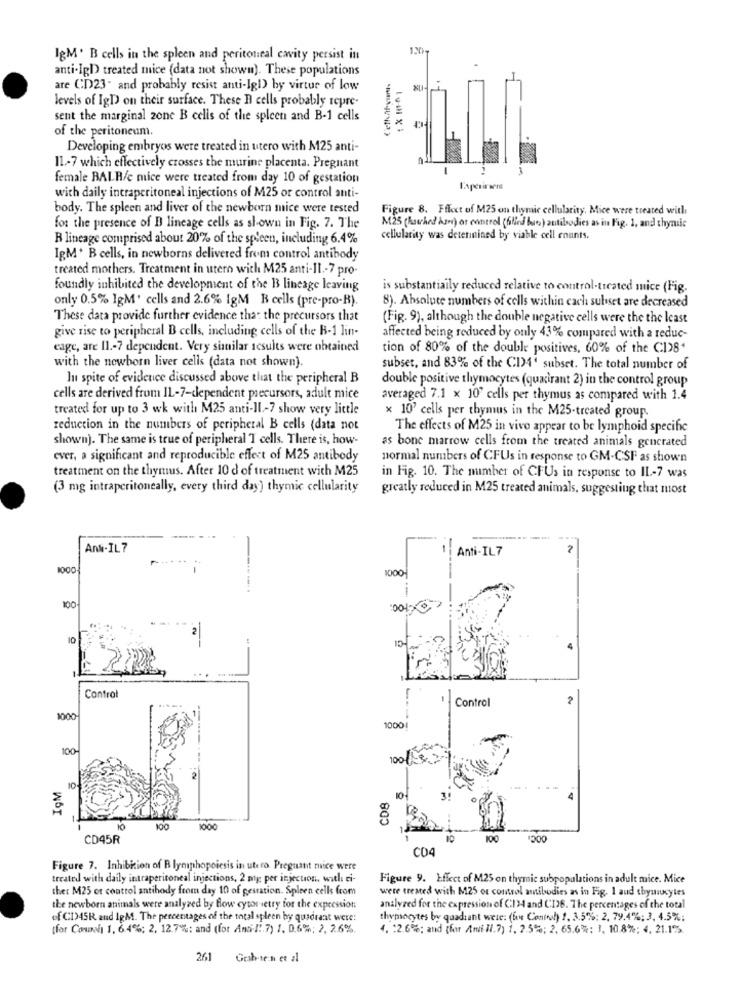
IgM. B cells in the spleen and peritoneal cavity persist in
anti-IgD) treated mice (data not shown). These populations
are CD23- and probably resist anti-Igl) by virtue of low
XL
levels of IgD on their surface. These B cells probably repre-
sent the marginal zone B cells of the spleen and B-1 cells
of the peritoneum.
Developing embryos were treated in utero with M25 anti-
11-7 which effectively crosses the murine placenta. Pregnant
female BALR/c mice were treated from day 10 of gestation
with daily intraperitoneal injections of M25 or control anti-
body. The spleen and liver of the newborn mice were tested
Figure 8. Fffcct of M25 on thymic cellularity, Mice were treated with
for the presence of D lineage cells as shown in Fig. 7. The
M25 (hawked Asn) or control (blind bus) antibodies as in Fig. 1, and thymic
R lineage comprised about 20% of the spleen, including 6.4%
cellularity was determined by viable cell counts.
IgM. B cells, in newborns delivered from control antibody
treated mothers. Treatment in utero with M25 anti-11 .- 7 pro-
foundly inhibited the development of the B lineage leaving
is substantially reduced relative to control-treated mice (Fig.
only 0.5% IgM' cells and 2.6% IgM B cells (pre-pro-R).
8). Absolute numbers of cells within cach subset are decreased
These data provide further evidence that the precursors that
(Fig. 9), although the double negative cells were the the least
give rise to peripheral B cells, including cells of the B-1 lin-
affected being reduced by only 43% compared with a reduc-
cage, are 11 .- 7 dependent. Very similar results were obtained
tion of 80% of the double positives, 60% of the C1)84
with the newborn liver cells (data not shown).
subset, and 83% of the CI)4' subset. The total number of
In spite of evidence discussed above that the peripheral B
double positive thymocytes (quatirant 2) in the control group
cells are derived from IL-7-dependent precursors, adult mice
averaged 7.1 x 10" cells per thymus as compared with 1.4
treated for up to 3 wk with M25 anti-Il-7 show very little
× 10' cells per thymus in the M25-treated group.
reduction in the numbers of peripheral B cells (data not
The effects of M25 in vivo appear to be lymphoid specific
shown). The same is true of peripheral T cells. There is, how-
as bone marrow cells from the treated animals gencrated
ever, a significant and reproducible effect of M25 antibody
normal numbers of CFUs in response to GM-CSF as shown
treatment on the thymus. After 10 d of treatment with M25
in Fig. 10. The member of CFUs in response to IL-7 was
(3 mg intraperitoneally, every third day) thymic cellularity
greatly reduced in M25 treated animals, suggesting that most
Anti-IL7
Anti-IL7
2
1000
1000
------.
100
Control
Control
1000
10001
100-
100/13
10
IgM
CD8
10
100
1000
CD45R
100
1300
CO4
Figure 7. Inhibition of B lymphopoiesis in utero Pregnant nice were
treated with daily intraperitoneal injections, 2 mg per injection, with ci-
Figure 9. Effect of M25 on thymic subpopulations in adult mice. Mice
ther M25 or control antihody from day 10 of gestation. Spleen cells from
were treated with M25 or control antibodies as in Fig. 1 and thymucytes
the newborn animals were analyzed by Blow cytometry for the expression
analyzed for the expression of CI3-4 and CI26. The percentages of the total
of CD)45R and IgM. The percentages of the total spleen by quadrant were:
thymocytes by quadrant were: (box Control) 1. 3.5%: 2, 79.4%; 3, 4.5%;
(for Couv] 1, 6.4%; 2, 12.7%: and (for Ans-1.7) 1. 0.6%; 2, 26%
4. 12.6%; and (for /mill.7) 1, 2.5%; 2, 65.6%: 1, 10.8%: 4, 21.13.
261 Gab-ten et al